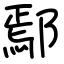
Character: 鄢